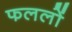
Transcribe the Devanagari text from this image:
फललों